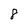
Character: 8